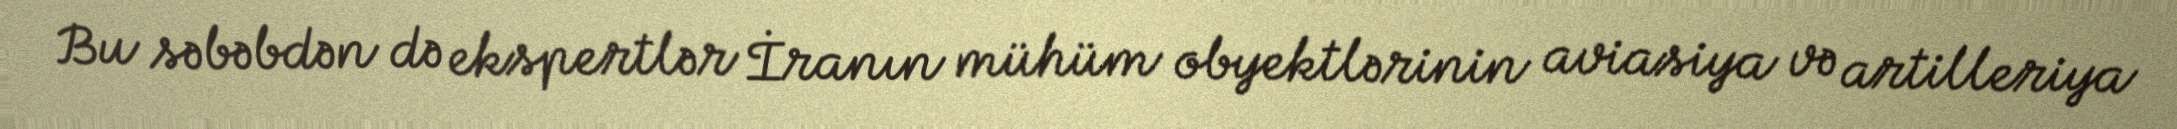
Bu səbəbdən də ekspertlər İranın mühüm obyektlərinin aviasiya və artilleriya